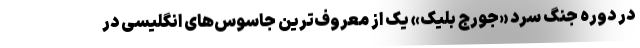
در دوره جنگ سرد «جورج بلیک» یک از معروف‌ترین جاسوس‌های انگلیسی در